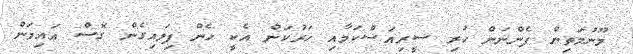
މޫނުމަތިން ފެންނަން ހުރި ސީރިއަސްކަމާއި ހަރުކަން އެކީ ހެން ފިލައިގެން ގޮސް އައިމަން